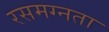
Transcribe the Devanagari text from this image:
रसमग्नता